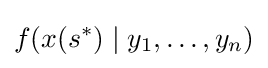
f(x(s^{*})\mid y_{1},\dots ,y_{n})